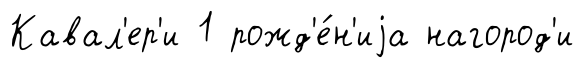
Кавал'ер'и 1 рожд'е́н'иjа нагород'и